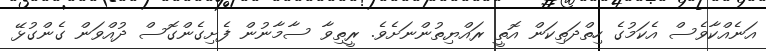
އަނެއްކާވެސް އެކަމުގެ ހިތްދަތިކަން އޮތީ ރައްޔިތުންނަށެވެ. ރީތިވާ ސާމާނުން ފެށިގެންގޮސް ދުއްވަން ގެންގުޅޭ